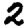
Digit: 2